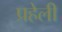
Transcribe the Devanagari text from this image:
प्रहेली